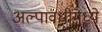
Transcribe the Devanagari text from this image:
अल्पावधीमध्ये